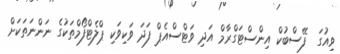
ވިއުގަ  ފޭސްބުކް އިންސްޓަގްރާމް އަދި ވަޓްސްއެޕް ފަދަ ވަކިވަކި ޕްލެޓްފޯމްތަކުގެ ނަންނަތަކަށް